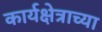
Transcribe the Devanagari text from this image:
कार्यक्षेत्राच्या